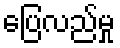
ပြေလည်မှု